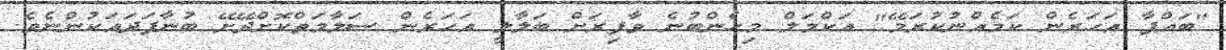
"ބައްޕާ އަހަރެން ކަމެއްނުކުރަމޭ" އަކްމަލް މިހެންބުނެ ވާފިރަށް ބަލާލީ އަހަރެން ސަލާމަތްކޮށްދޭށޭ ބުނާފަދައަކުންނެވެ.